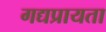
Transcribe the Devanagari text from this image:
गद्यप्रायता